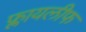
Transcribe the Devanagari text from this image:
फ्लायलीफ